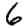
Digit: 6